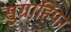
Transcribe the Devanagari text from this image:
सुग्राहिपन